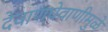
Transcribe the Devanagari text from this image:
देवाणघेवाणीमुळे